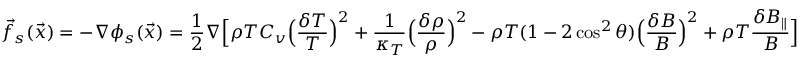
\vec { f } _ { s } ( \vec { x } ) = - \nabla \phi _ { s } ( \vec { x } ) = \frac { 1 } { 2 } \nabla \Big [ \rho T C _ { v } \Big ( \frac { \delta T } { T } \Big ) ^ { 2 } + \frac { 1 } { \kappa _ { T } } \Big ( \frac { \delta \rho } { \rho } \Big ) ^ { 2 } - \rho T ( 1 - 2 \cos ^ { 2 } \theta ) \Big ( \frac { \delta B } { B } \Big ) ^ { 2 } + \rho T \frac { \delta B _ { \| } } { B } \Big ]